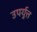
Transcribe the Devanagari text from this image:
उपर्युत्त